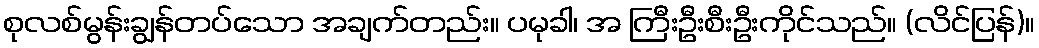
စုလစ်မွန်းချွန်တပ်သော အချက်တည်း။ ပမုခါ၊ အ ကြီးဦးစီးဦးကိုင်သည်။ (လိင်ပြန်)။